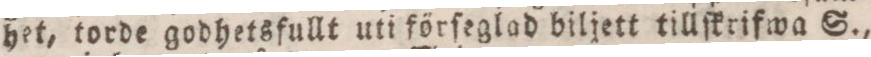
het, torde godhetsfullt uti förſeglad biljett tillſkrifwa S.,